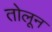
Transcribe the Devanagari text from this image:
तोलून